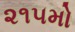
૨૧૫મો